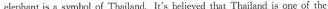
elephant is a symbol of Thailsnd.It's believed that Thailand is one of the